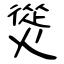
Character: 熧